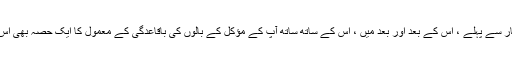
کسی بھی کیمیائی طریقہ کار سے پہلے ، اس کے بعد اور بعد میں ، اس کے ساتھ ساتھ آپ کے مؤکل کے بالوں کی باقاعدگی کے معمول کا ایک حصہ بھی اس میں شامل کیا جاسکتا ہے۔